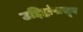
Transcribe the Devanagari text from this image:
उद्दिष्टांपासून